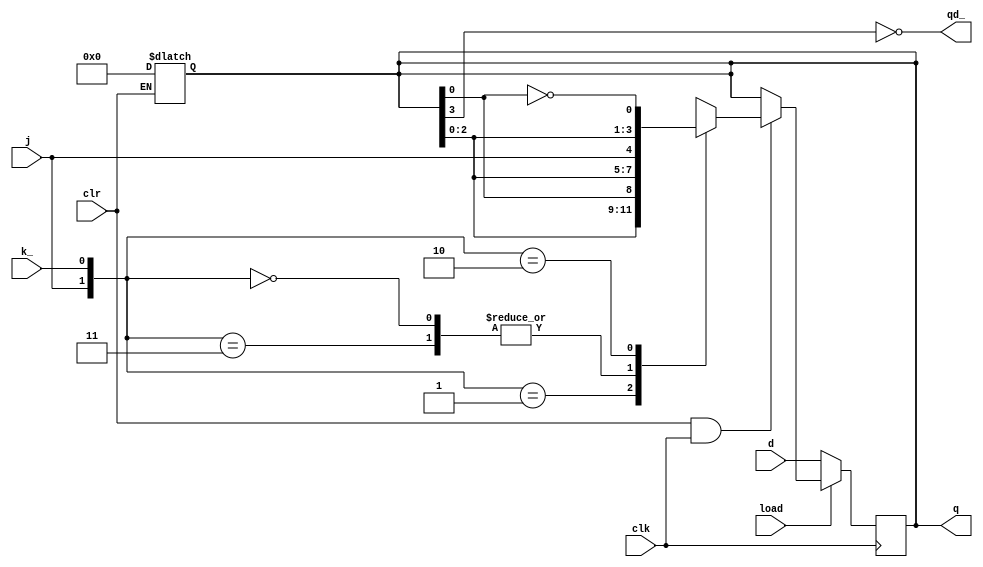
module sn74ls195(q, qd_, clr, load, clk, j, k_, d);
input [3:0] d;
input clr, load, clk, j, k_;
output [3:0] q;
output qd_;
reg [3:0] shift;
wire [1:0] jk;

parameter
	tPLH_min=0,  tPLH_typ=14, tPLH_max=22,
	tPHL_min=0,  tPHL_typ=17, tPHL_max=26;

initial
begin
	shift <= 4'bxxxx;
end

always @(clr)
begin
	if (clr==0)
		shift <= 0;
end

assign jk = {j, k_};

always @(posedge clk)
begin
	if (load==0)
		shift <= d;
	else if (clr==1 && clk==1) begin
		case (jk)
		2'b01:
			shift <= { shift[2:0], shift[0] };
		2'b00, 2'b11:
			shift <= { shift[2:0], j };
		2'b10:
			shift <= { shift[2:0], ~shift[0] };
		default:
			;
		endcase
	end
end

assign #(tPLH_min:tPLH_typ:tPLH_max, tPHL_min:tPHL_typ:tPHL_max)
	q = shift;
assign #(tPLH_min:tPLH_typ:tPLH_max, tPHL_min:tPHL_typ:tPHL_max)
	qd_ = ~shift[3];

endmodule